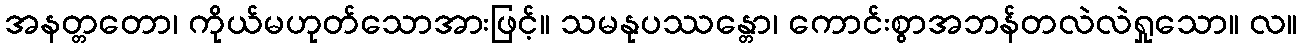
အနတ္တတော၊ ကိုယ်မဟုတ်သောအားဖြင့်။ သမနုပဿန္တော၊ ကောင်းစွာအဘန်တလဲလဲရှုသော။ လ။